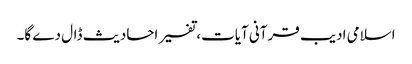
اسلامی ادیب قرآنی آیات، تفسیر احادیث ڈال دے گا۔